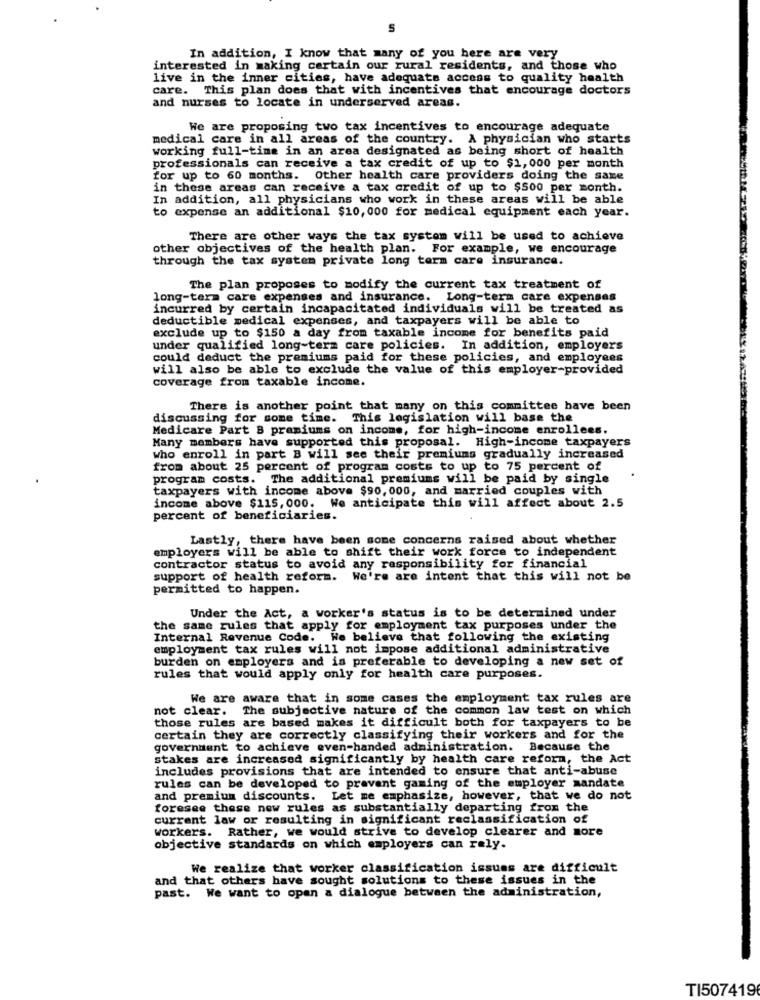
5
In addition, I know that many of you here are very
interested in making certain our rural residents, and those who
live in the inner cities, have adequate access to quality health
care. This plan does that with incentives that encourage doctors
and nurses to locate in underserved areas.
We are proposing two tax incentives to encourage adequate
medical care in all areas of the country. A physician who starts
working full-time in an area designated as being short of health
professionals can receive a tax credit of up to $1, 000 per month
for up to 60 months. Other health care providers doing the same
in these areas can receive a tax credit of up to $500 per month.
In addition, all physicians who work in these areas will be able
to expense an additional $10, 000 for medical equipment each year.
There are other ways the tax system will be used to achieve
other objectives of the health plan. For example, we encourage
through the tax system private long term care insurance.
The plan proposes to modify the current tax treatment of
long-term care expenses and insurance. Long-term care expenses
incurred by certain incapacitated individuals will be treated as
deductible medical expenses, and taxpayers will be able to
exclude up to $150 a day from taxable income for benefits paid
under qualified long-term care policies. In addition, employers
could deduct the premiums paid for these policies, and employees
will also be able to exclude the value of this employer-provided
coverage from taxable income.
There is another point that many on this committee have been
discussing for some time. This legislation will base the
Medicare Part B premiums on income, for high-income enrollees.
Many members have supported this proposal. High-income taxpayers
who enroll in part B will see their premiums gradually increased
from about 25 percent of program costs to up to 75 percent of
program costs. The additional premiums will be paid by single
taxpayers with income above $90,000, and married couples with
income above $115, 000. We anticipate this will affect about 2.5
percent of beneficiaries.
Lastly, there have been some concerns raised about whether
employers will be able to shift their work force to independent
contractor status to avoid any responsibility for financial
support of health reform. We're are intent that this will not be
permitted to happen.
Under the Act, a worker's status is to be determined under
the same rules that apply for employment tax purposes under the
Internal Revenue Code. We believe that following the existing
employment tax rules will not impose additional administrative
burden on employers and is preferable to developing a new set of
rules that would apply only for health care purposes.
We are aware that in some cases the employment tax rules are
not clear. The subjective nature of the common law test on which
those rules are based makes it difficult both for taxpayers to be
certain they are correctly classifying their workers and for the
government to achieve even-handed administration. Because the
stakes are increased significantly by health care reform, the Act
includes provisions that are intended to ensure that anti-abuse
rules can be developed to prevent gaming of the employer mandate
and premium discounts. Let me emphasize, however, that we do not
foresee these new rules as substantially departing from the
current law or resulting in significant reclassification of
workers. Rather, we would strive to develop clearer and more
objective standards on which employers can rely.
We realize that worker classification issues are difficult
and that others have sought solutions to these issues in the
past. We want to open a dialogue between the administration,
TI507419